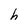
Character: h